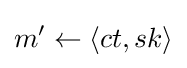
m'\leftarrow \langle ct,sk\rangle